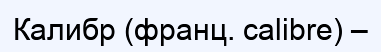
Калибр (франц. calіbre) –